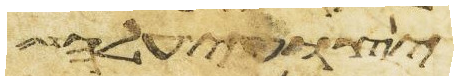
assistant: יצועי עלה